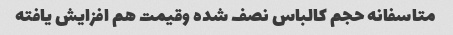
متاسفانه حجم کالباس نصف شده وقیمت هم افزایش یافته